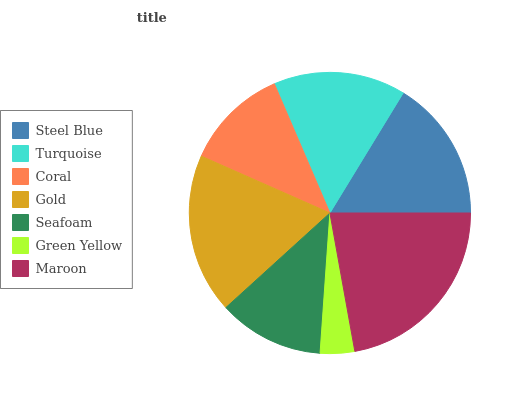
| Steel Blue | Turquoise | Coral | Gold | Seafoam | Green Yellow | Maroon |
 | --- | --- | --- | --- | --- | --- | --- |
 | 16.3% | 15.2% | 11.9% | 18.3% | 12.2% | 3.95% | 22.2% |